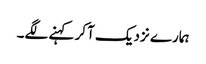
ہمارے نزدیک آکر کہنے لگے۔